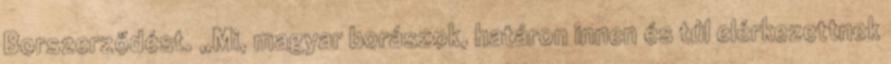
Borszerződést. „Mi, magyar borászok, határon innen és túl elérkezettnek